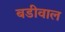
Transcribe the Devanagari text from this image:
बडीवाल